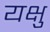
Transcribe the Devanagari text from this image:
यक्षु